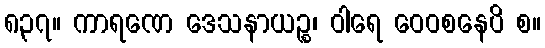
၈၃၇။ ကာရဏေ ဒေသနာယဉ္စ၊ ဝါရေ ဝေဝစနေပိ စ။